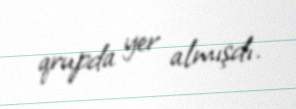
qrupda yer almışdı.